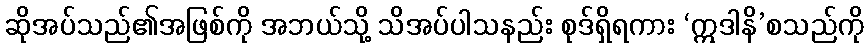
ဆိုအပ်သည်၏အဖြစ်ကို အဘယ်သို့ သိအပ်ပါသနည်း စုဒ်ရှိရကား ‘ဣဒါနိ’စသည်ကို